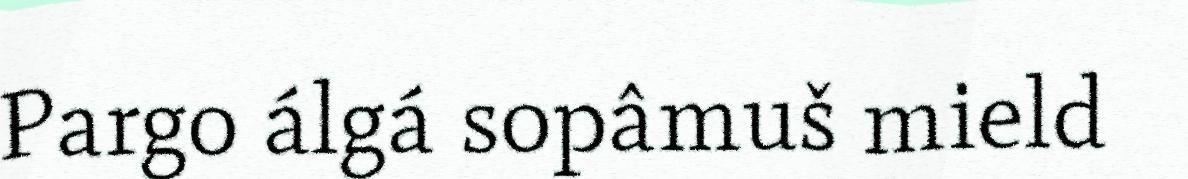
Pargo álgá sopâmuš mield